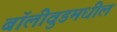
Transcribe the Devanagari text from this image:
बॉलीवुडमधील